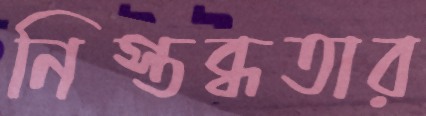
নিস্তব্ধতার